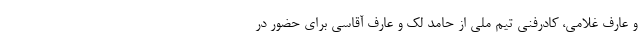
و عارف غلامی، کادرفنی تیم ملی از حامد لک و عارف آقاسی برای حضور در